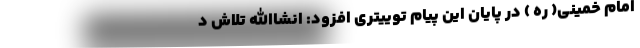
امام خمینی( ره ) در پایان این پیام توییتری افزود: انشاالله تلاش د